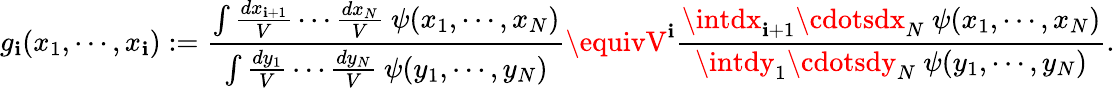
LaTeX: g_{\mathbf{i}}(x_{1},\cdots,x_{\mathbf{i}}):=\frac{{\int\frac{{dx_{\mathbf{i}+1}}}{V}\cdots\frac{{dx_{N}}}{V}\ \psi(x_{1},\cdots,x_{N})}}{{\int\frac{{dy_{1}}}{V}\cdots\frac{{dy_{N}}}{V}\ \psi(y_{1},\cdots,y_{N})}}\equivV^{\mathbf{i}}\frac{{\intdx_{\mathbf{i}+1}\cdotsdx_{N}\ \psi(x_{1},\cdots,x_{N})}}{{\intdy_{1}\cdotsdy_{N}\ \psi(y_{1},\cdots,y_{N})}}.